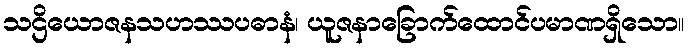
သဌိယောဇနသဟဿပဓာနံ၊ ယူဇနာခြောက်ထောင်ပမာဏရှိသော။